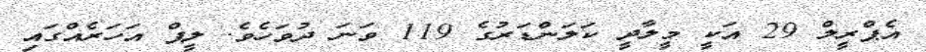
އެޕްރީލް 29 އަކީ މީލާދީ ކަލަންޑަރުގެ 119 ވަނަ ދުވަހެވެ. ލީޕް އަހަރެއްގައި